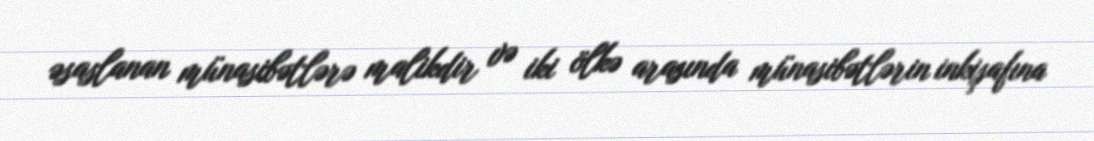
əsaslanan münasibətlərə malikdir və iki ölkə arasında münasibətlərin inkişafına